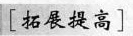
\left[拓展提高\right]